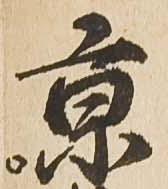
京